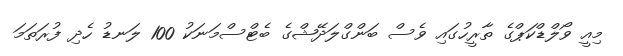
މިއީ ވޯލްޑްކަޕްގެ ތާރީހުގައި ވެސް ބަންގްލަދޭޝްގެ ބެޓްސްމަނަކު 100 ލަނޑު ހެދި ފުރަތަމަ